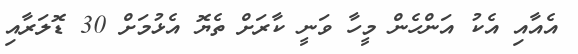
އެއާއި އެކު އަންހެން މީހާ ވަނީ ކާރަށް ތެޔޮ އެޅުމަށް 30 ޑޮލަރާއި